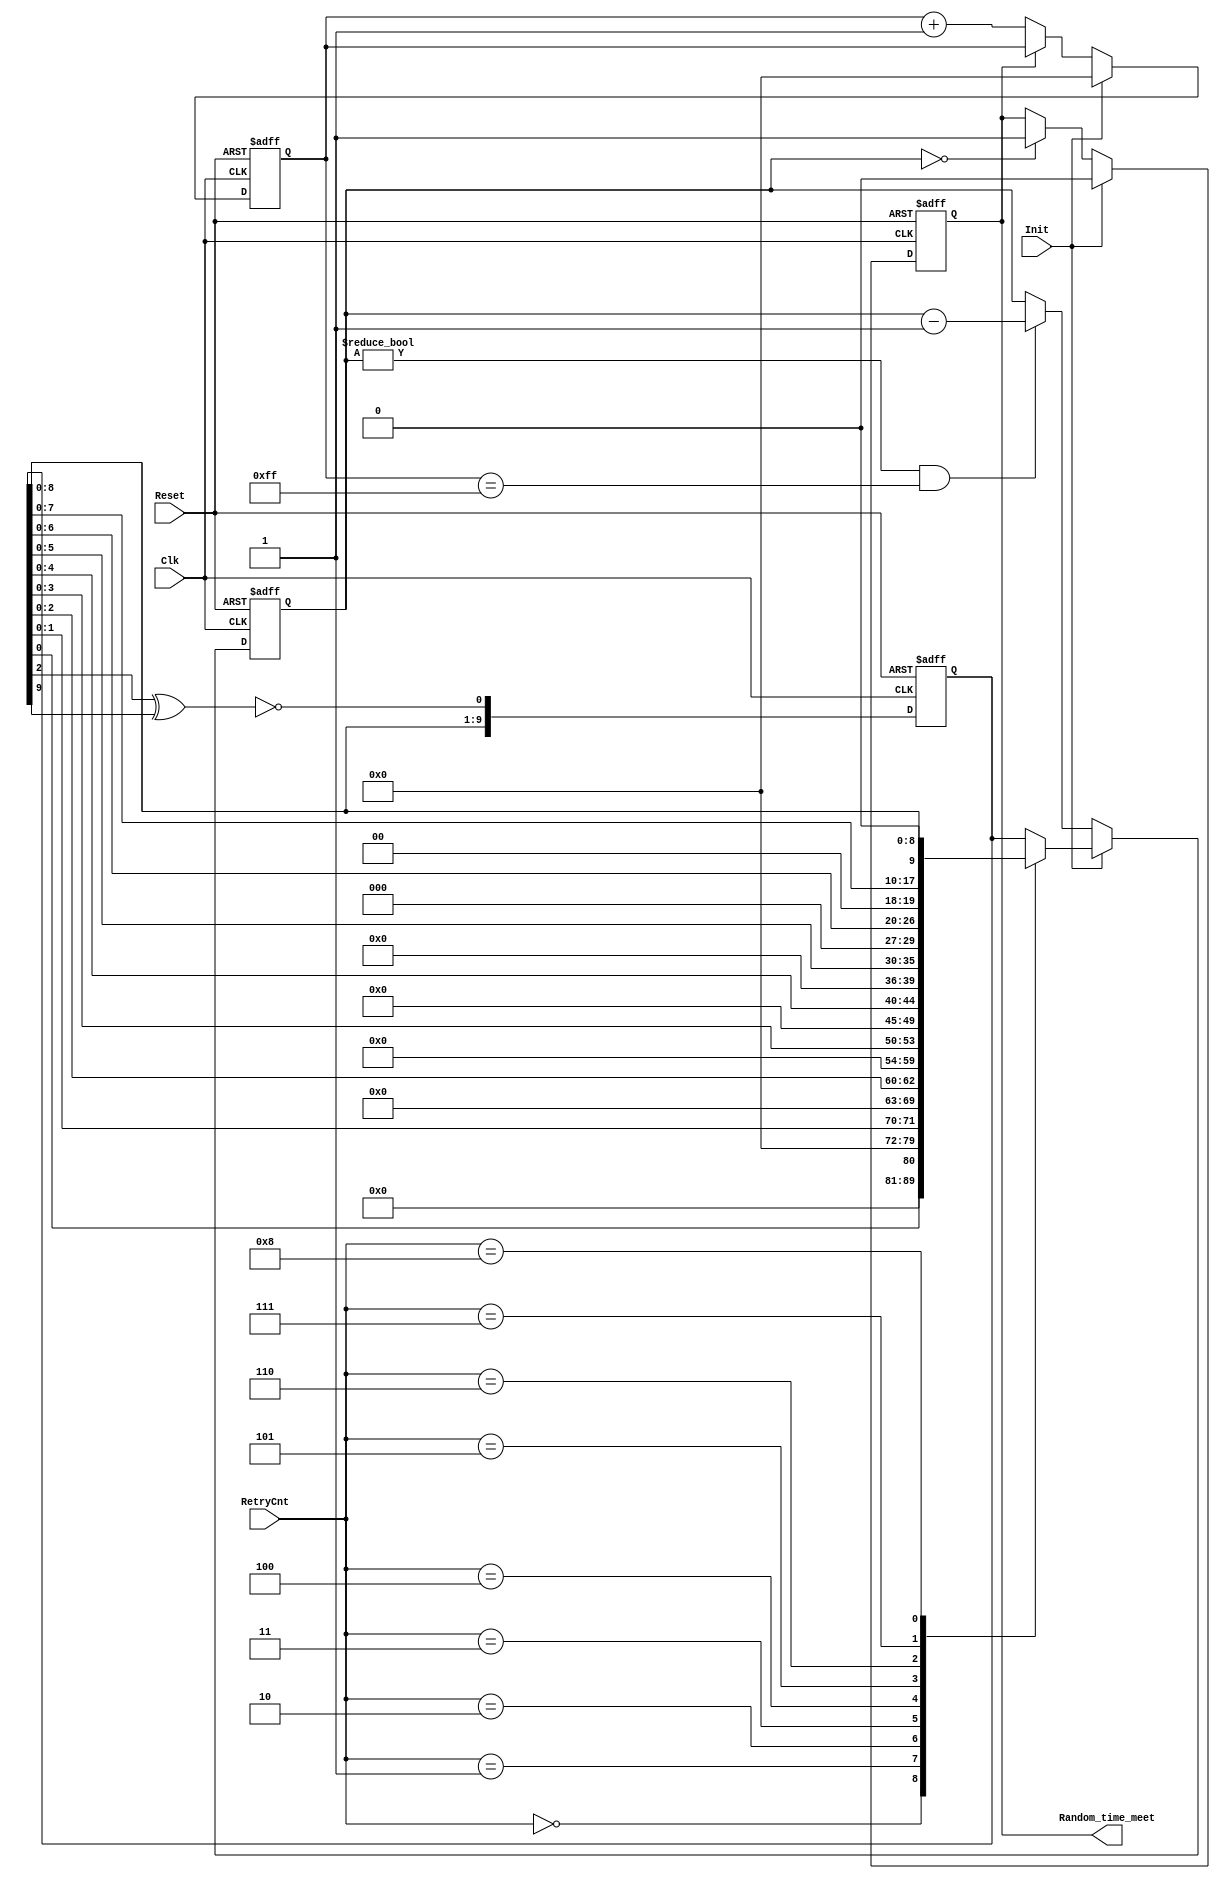
module Ramdon_gen( 
Reset           ,
Clk             ,
Init            ,
RetryCnt        ,
Random_time_meet
);
input           Reset           ;
input           Clk             ;
input           Init            ;
input   [3:0]   RetryCnt        ;
output          Random_time_meet;   

//******************************************************************************
//internal signals                                                              
//******************************************************************************
reg [9:0]       Random_sequence ;
reg [9:0]       Ramdom          ;
reg [9:0]       Ramdom_counter  ;
reg [7:0]       Slot_time_counter; //256*2=512bit=1 slot time
reg             Random_time_meet;

//******************************************************************************
always @ (posedge Clk or posedge Reset)
    if (Reset)
        Random_sequence     <=0;
    else
        Random_sequence     <={Random_sequence[8:0],~(Random_sequence[2]^Random_sequence[9])};
        
always @ (RetryCnt or Random_sequence)
    case (RetryCnt)
        4'h0    :   Ramdom={9'b0,Random_sequence[0]};
        4'h1    :   Ramdom={8'b0,Random_sequence[1:0]};     
        4'h2    :   Ramdom={7'b0,Random_sequence[2:0]};
        4'h3    :   Ramdom={6'b0,Random_sequence[3:0]};
        4'h4    :   Ramdom={5'b0,Random_sequence[4:0]};
        4'h5    :   Ramdom={4'b0,Random_sequence[5:0]};
        4'h6    :   Ramdom={3'b0,Random_sequence[6:0]};
        4'h7    :   Ramdom={2'b0,Random_sequence[7:0]};
        4'h8    :   Ramdom={1'b0,Random_sequence[8:0]};
        4'h9    :   Ramdom={     Random_sequence[9:0]};  
        default :   Ramdom={     Random_sequence[9:0]};
    endcase

always @ (posedge Clk or posedge Reset)
    if (Reset)
        Slot_time_counter       <=0;
    else if(Init)
        Slot_time_counter       <=0;
    else if(!Random_time_meet)
        Slot_time_counter       <=Slot_time_counter+1;
    
always @ (posedge Clk or posedge Reset)
    if (Reset)
        Ramdom_counter      <=0;
    else if (Init)
        Ramdom_counter      <=Ramdom;
    else if (Ramdom_counter!=0&&Slot_time_counter==255)
        Ramdom_counter      <=Ramdom_counter -1 ;
        
always @ (posedge Clk or posedge Reset)
    if (Reset)
        Random_time_meet    <=1;
    else if (Init)
        Random_time_meet    <=0;
    else if (Ramdom_counter==0)
        Random_time_meet    <=1;
        
endmodule